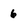
Character: 6